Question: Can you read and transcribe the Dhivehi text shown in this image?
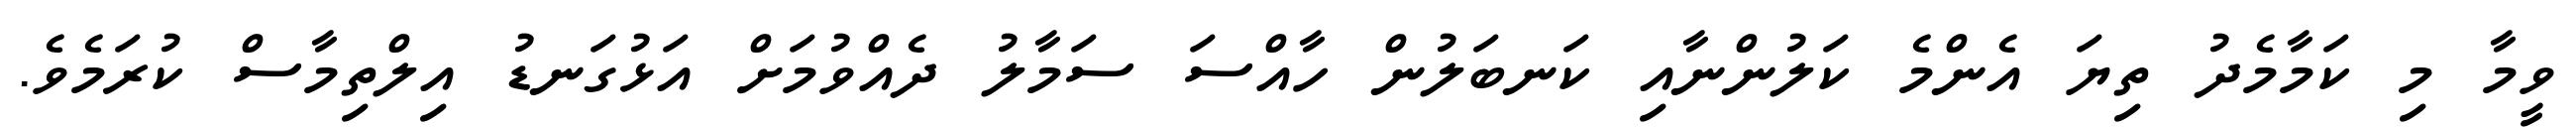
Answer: ވީމާ މި ކަމާމެދު ތިޔަ އެންމެ ކަލުންނާއި ކަނބަލުން ހާއްސަ ސަމާލު ދެއްވުމަށް އަޅުގަނޑު އިލްތިމާސް ކުރަމެވެ.